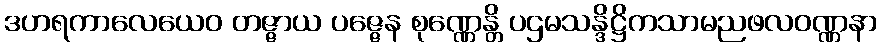
ဒဟရကာလေယေဝ တဇ္ဇာယ ပဇ္ဇေန စုဏ္ဏေန္တိ ပဌမသန္ဒိဋ္ဌိကသာမညဖလဝဏ္ဏနာ